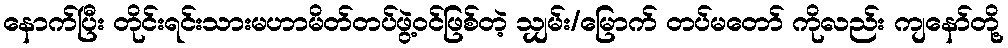
နောက်ပြီး တိုင်းရင်းသားမဟာမိတ်တပ်ဖွဲ့ဝင်ဖြစ်တဲ့ သျှမ်း/မြောက် တပ်မတော် ကိုလည်း ကျနော်တို့